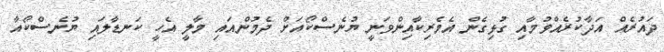
ދައުރެއް އަދާކުރެއްވުމާއި ގުޅިގެން އެމެރިކާއިންވަނީ ޔުނެސްކޯއަށް ދެމުންއައި މާލީ އެހީ ކަނޑާލައި ޔުނެސްކޯއާ